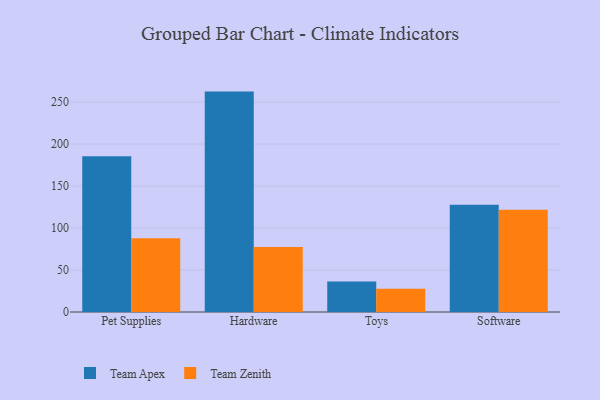
{"axis": {"x": "Category", "y": "Energy Usage (MWh)"}, "legend": ["Team Apex", "Team Zenith"], "data": [{"x": "Pet Supplies", "y": 185.5, "type": "Team Apex"}, {"x": "Pet Supplies", "y": 87.7, "type": "Team Zenith"}, {"x": "Hardware", "y": 262.5, "type": "Team Apex"}, {"x": "Hardware", "y": 77.4, "type": "Team Zenith"}, {"x": "Toys", "y": 36.4, "type": "Team Apex"}, {"x": "Toys", "y": 27.6, "type": "Team Zenith"}, {"x": "Software", "y": 127.8, "type": "Team Apex"}, {"x": "Software", "y": 121.8, "type": "Team Zenith"}]}